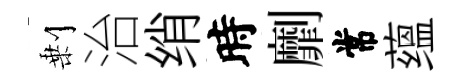
剰治绡時劘常蕴